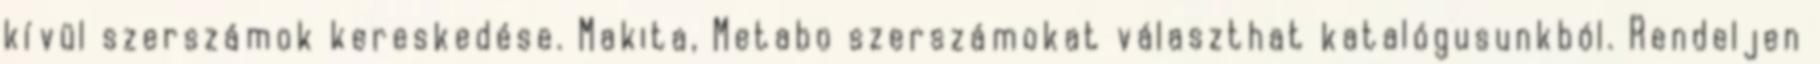
kívül szerszámok kereskedése. Makita, Metabo szerszámokat választhat katalógusunkból. Rendeljen